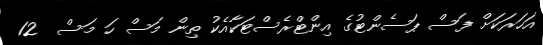
އަހަރަކަށް ފަސް ޕަސެންޓުގެ އިންޓްރެސްޓަކާއެކު ތިން މަސް ހަ މަސް  12